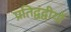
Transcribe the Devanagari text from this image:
प्रतिद्वंद्वीयों